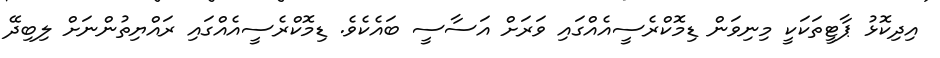
އިދިކޮޅު ޕާޓީތަކަކީ މިނިވަން ޑިމޮކްރެސީއެއްގައި ވަރަށް އަސާސީ ބައެކެވެ. ޑިމޮކްރެެސީއެއްގައި ރައްޔިތުންނަށް ލިބިދޭ